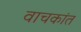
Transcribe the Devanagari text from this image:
वाचकांत